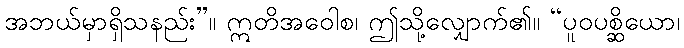
အဘယ်မှာရှိသနည်း”။ ဣတိအဝေါစ၊ ဤသို့လျှောက်၏။ “ပူဝပစ္ဆိယော၊